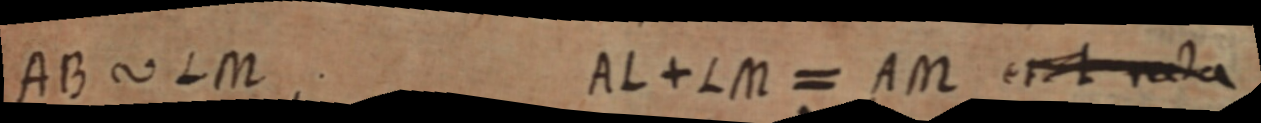
AB ∼ LM AL + LM = AM et L recta